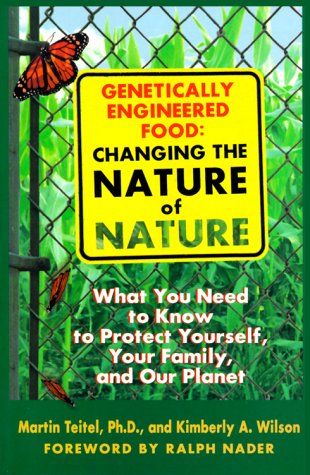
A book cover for Genetically Engineered Food: Changing the Nature of Nature: What You Need to Know to Protect Yourself, Your Family, and Our Planet; Martin Teitel; Health, Fitness & Dieting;